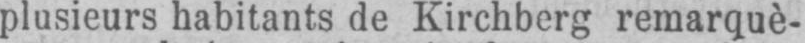
plusieurs habitants de Kirchberg remarquè-